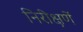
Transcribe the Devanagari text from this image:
निरीक्षणें